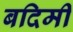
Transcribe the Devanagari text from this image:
बदिमी